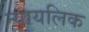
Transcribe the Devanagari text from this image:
न्यायलिक